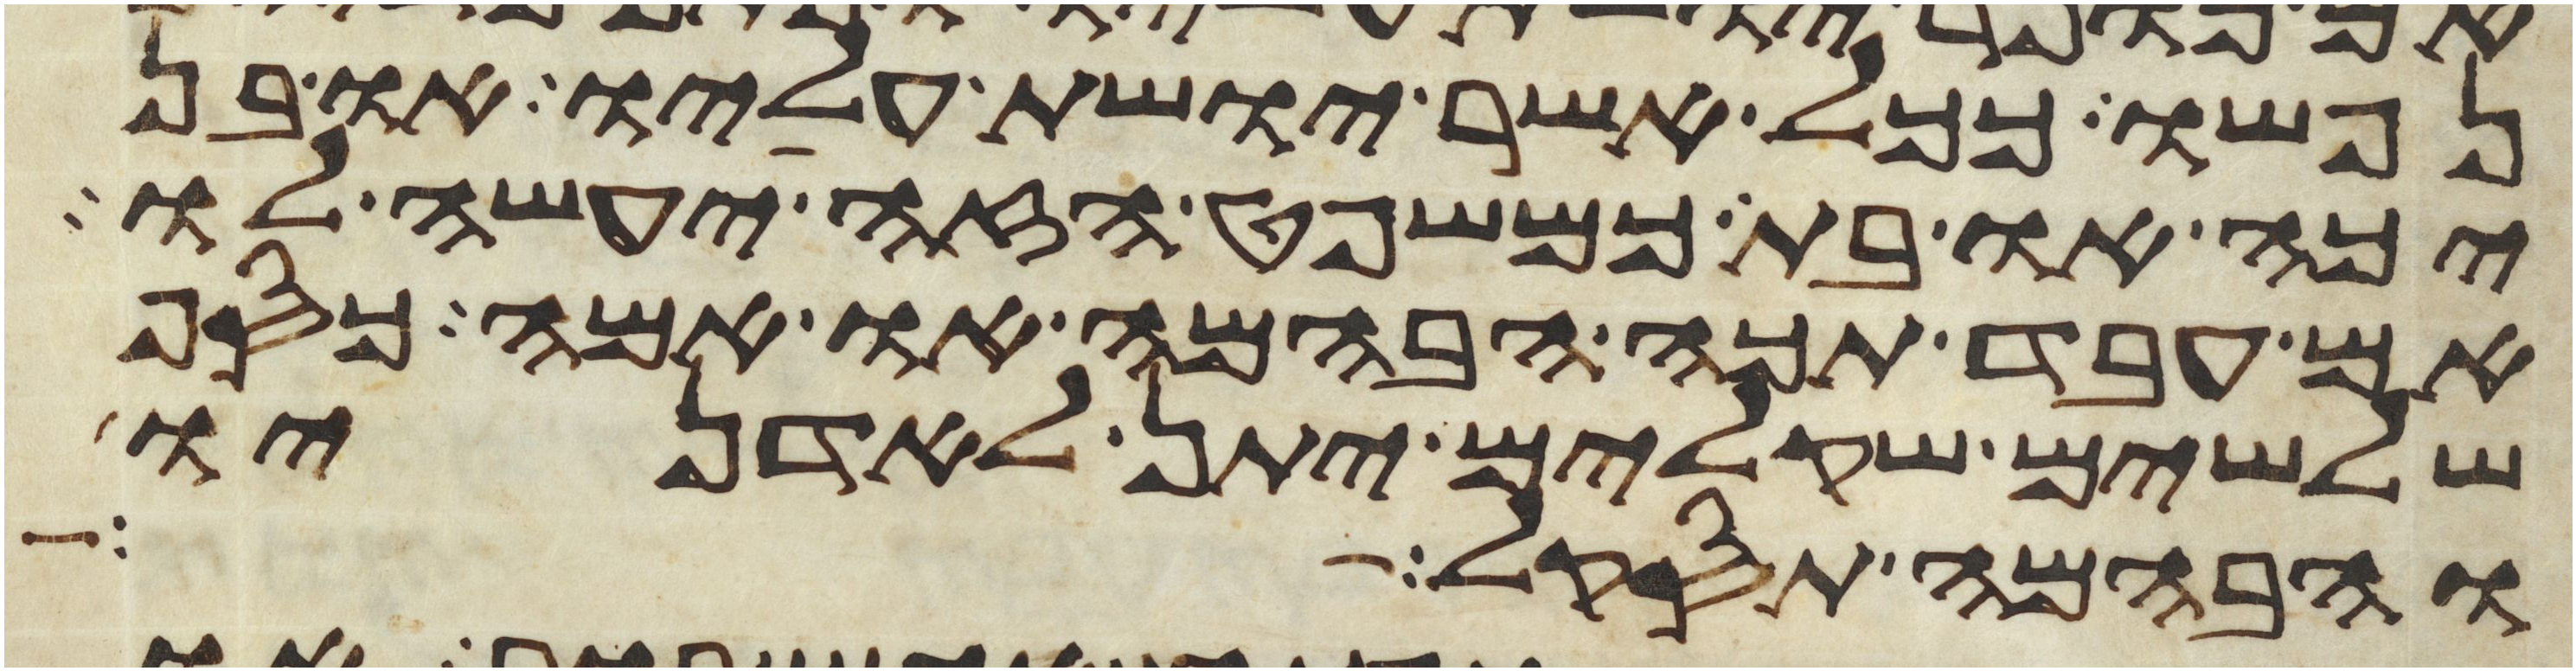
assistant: נפשו ככל אשר יושת עליו או בן
יכה או בת כמשפט הזה יעשה לו
אם עבד תכה הבהמה או אמה כסף
שלשים שקלים יתן לאדניו
והבהמה תסקל